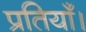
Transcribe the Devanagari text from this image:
प्रतियाँ।